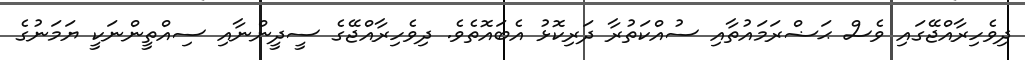
ދިވެހިރާއްޖޭގައި ވެސް ޙަޟްރަމައުތާއި ސުއްކަތުރާ ދަރިކޮޅު އެބައޮތެވެ. ދިވެހިރާއްޖޭގެ ސީދީންނާއި ސިއްތީންނަކީ ޔަމަނުގެ